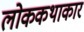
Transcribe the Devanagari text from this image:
लोककथाकार